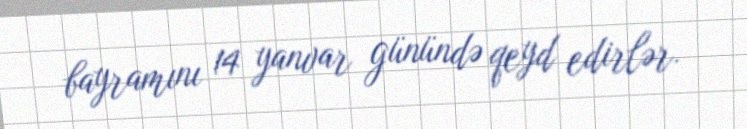
bayramını 14 yanvar günündə qeyd edirlər.